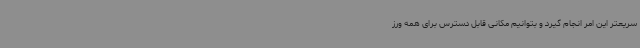
سریعتر این امر انجام گیرد و بتوانیم مکانی قابل دسترس برای همه ورز